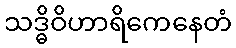
သဒ္ဓိဝိဟာရိကေနေတံ